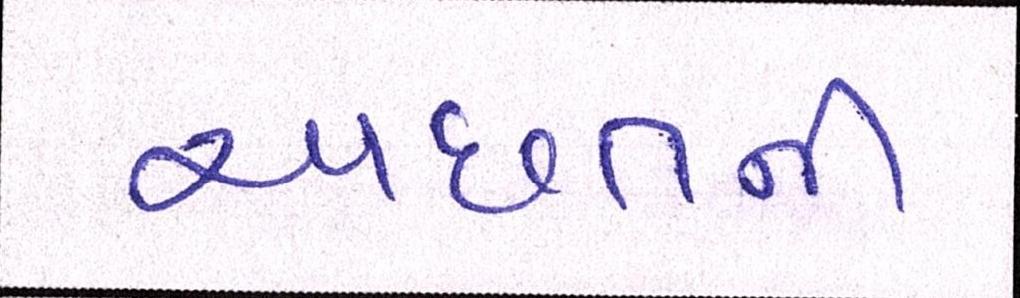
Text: અછતની